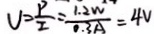
V = \frac { P } { I } = \frac { 1 . 2 W } { 0 . 3 A } = 4 V